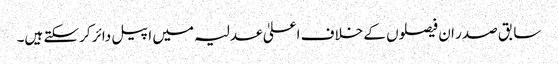
سابق صدر ان فیصلوں کے خلاف اعلیٰ عدلیہ میں اپیل دائر کرسکتے ہیں۔